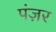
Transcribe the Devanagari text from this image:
पंज़र